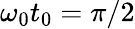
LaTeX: \omega_{0}t_{0}=\pi/2